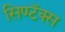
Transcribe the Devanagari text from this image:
सिण्टॅक्स